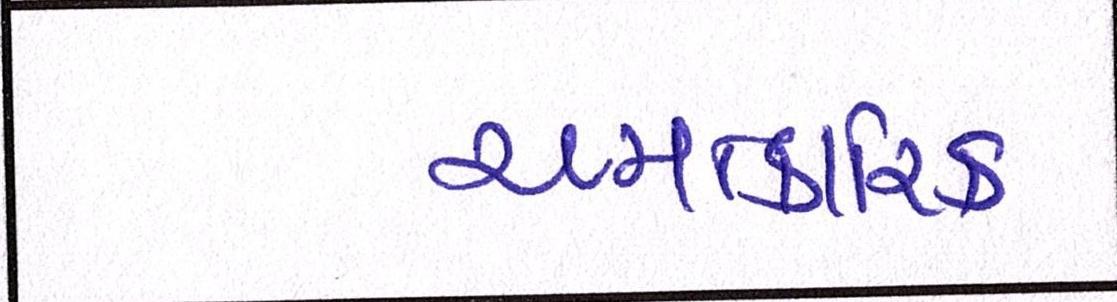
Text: ચમત્કારિક